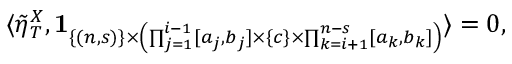
\langle \tilde { \eta } _ { T } ^ { X } , \mathbf { 1 } _ { \{ ( n , s ) \} \times \left( \prod _ { j = 1 } ^ { i - 1 } [ a _ { j } , b _ { j } ] \times \{ c \} \times \prod _ { k = i + 1 } ^ { n - s } [ a _ { k } , b _ { k } ] \right) } \rangle = 0 ,